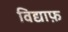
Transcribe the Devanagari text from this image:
विद्याफ़